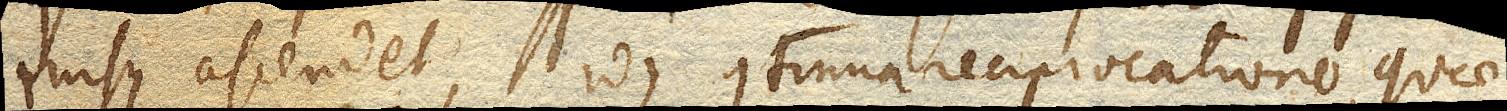
rursus ascendet, idque continua reciprocatione, quae